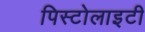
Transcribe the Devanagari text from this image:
पिस्टोलाइटी